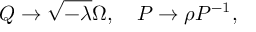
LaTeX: { \cal Q } \rightarrow \sqrt { - \lambda } \Omega , \quad { \cal P } \rightarrow \rho { \cal P } ^ { - 1 } ,